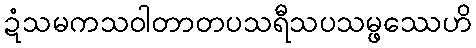
ဍံသမကသဝါတာတပသရီသပသမ္ဖဿေဟိ